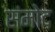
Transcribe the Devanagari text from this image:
संमोद